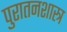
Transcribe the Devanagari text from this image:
पुरातनशास्त्र